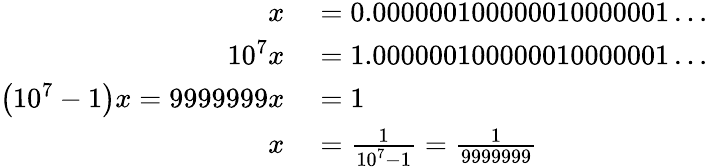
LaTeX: \begin{array}{rl}{x}&{{}=0.000000100000010000001\ldots}\\ {10^{7}x}&{{}=1.000000100000010000001\ldots}\\ {\left(10^{7}-1\right)x=9999999x}&{{}=1}\\ {x}&{{}={\frac{1}{10^{7}-1}}={\frac{1}{9999999}}}\end{array}